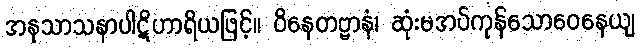
အနုသာသနာပါဋိဟာရိယဖြင့်။ ဝိနေတဗ္ဗာနံ၊ ဆုံးမအပ်ကုန်သောဝေနေယျ